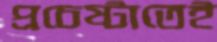
প্রচেষ্টাতেই